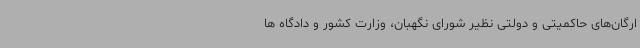
ارگان‌های حاکمیتی و دولتی نظیر شورای نگهبان، وزارت کشور و دادگاه ها